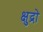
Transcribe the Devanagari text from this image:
क्षुद्रो